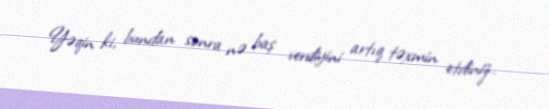
Yəqin ki, bundan sonra nə baş verdiyini artıq təxmin etdiniz.